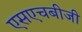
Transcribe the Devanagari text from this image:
एसएचबीजी